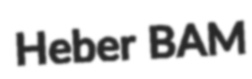
Heber BAM